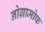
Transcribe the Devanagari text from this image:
नोग्रामोफ